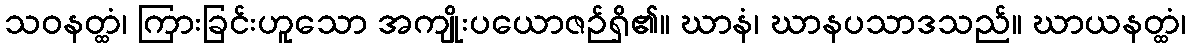
သဝနတ္ထံ၊ ကြားခြင်းဟူသော အကျိုးပယောဇဉ်ရှိ၏။ ဃာနံ၊ ဃာနပသာဒသည်။ ဃာယနတ္ထံ၊